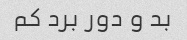
بد و دور برد کم